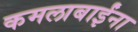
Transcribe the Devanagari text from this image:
कमलाबाईंना